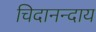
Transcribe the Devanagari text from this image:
चिदानन्दाय